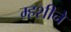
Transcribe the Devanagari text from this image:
म्हशीने